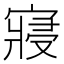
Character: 寢